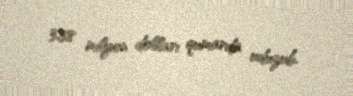
3,38 milyon dolları qumarda uduzub.